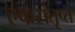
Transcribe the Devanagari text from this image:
एकसंतृप्त